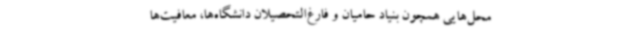
محل‌هایی همچون بنیاد حامیان و فارغ‌التحصیلان دانشگاه‌ها، معافیت‌ها